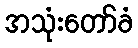
အသုံးတော်ခံ